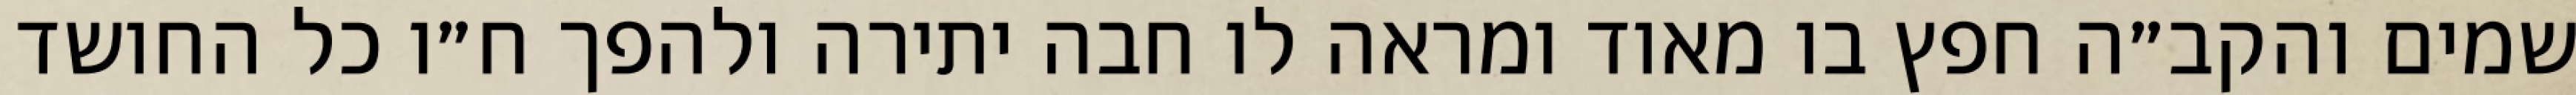
שמים והקב״ה חפץ בו מאוד ומראה לו חבה יתירה ולהפך ח״ו כל החושד